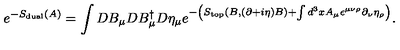
e ^ { - S _ { \mathrm { d u a l } } ( A ) } = \int D B _ { \mu } D B _ { \mu } ^ { \dagger } D \eta _ { \mu } e ^ { - \left( S _ { \mathrm { t o p } } ( B , ( \partial + i \eta ) B ) + \int d ^ { 3 } x A _ { \mu } \epsilon ^ { \mu \nu \rho } \partial _ { \nu } \eta _ { \rho } \right) } .